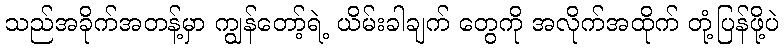
သည်အခိုက်အတန့်မှာ ကျွန်တော့်ရဲ့ ယိမ်းခါချက် တွေကို အလိုက်အထိုက် တုံ့ပြန်ဖို့ပဲ